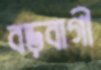
বড়বাগী